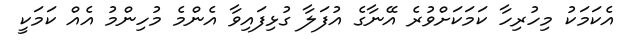
އެކަމަކު މިހުރިހާ ކަމަކަށްވުރެ އޭނާގެ އުފަލާ ގުޅިފައިވާ އެންމެ މުހިންމު އެއް ކަމަކީ